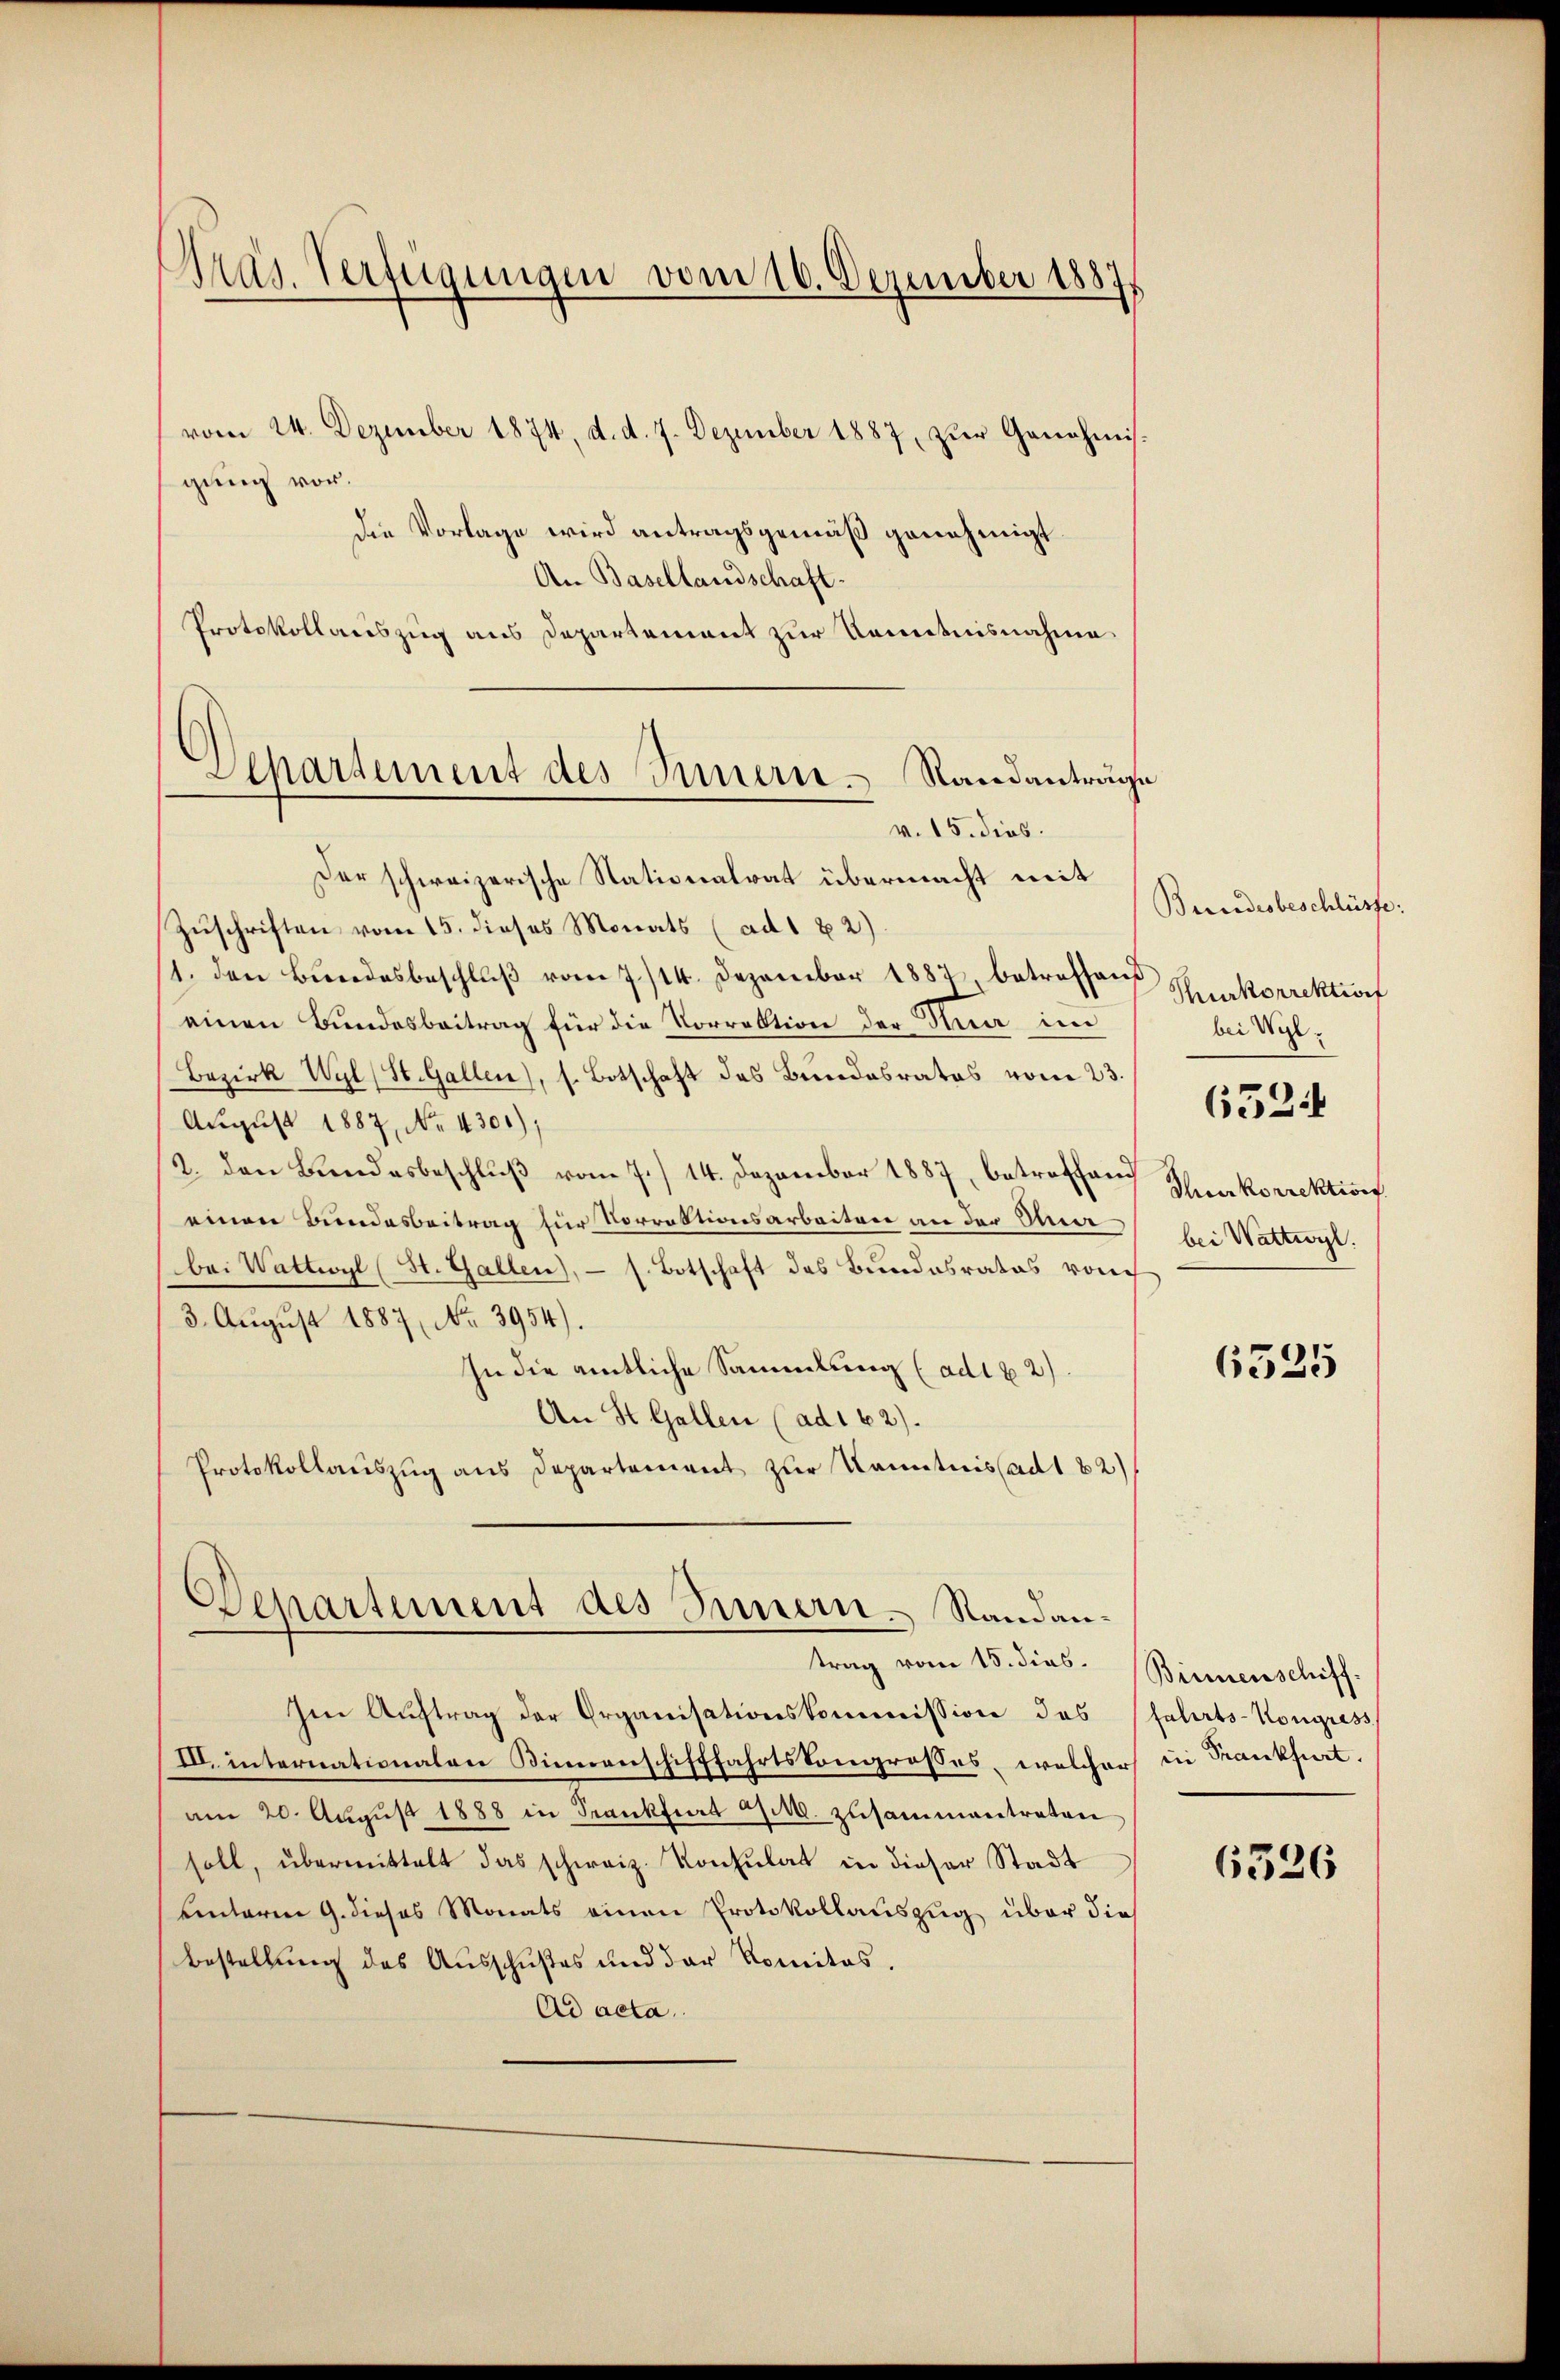
Präs. Verfügungen vom 16. Dezember 1887/

Aepartement des Innern Standanträge
v. 15. dies

vom 24. Dezember 1874, d. d. 7. Dezember 1887, zŭr Genehmis-
gung vor.
die Vorlage wird antragsgemäß genehmigt.
An Basellandschaft-
Protokollariszug aus Departement zur Komitnisnahme
Der schweizerische Stationalrat übermacht mit
Zuschriften vom 15. dieses Monats (ad 1 2)
1. den Bundesbeschlŭβ vom 7./14. Dezember 1882 betreffen Schenkorrektion
einen Bundesbeitrag für die Vorrektion der Nua im
Bezirk Wyl (St. Gallen, s. Botschaft des Bundesrates vom 23.
August 1887, No. 4301);
2. den Bŭndesbeschlŭβ vom 7./14. Dezember 1887, betreffend
einen Bundesbeitrag für Vorrektionsarbeiten an der Ue¬
Bei Wattwyl (St. Gallen, — s. Botschaft des Bundesrates von
3. August 1887, No. 3954).
In die amtliche Sammlung (adl b 2).
An St. Gallen (ad1 62)
Protokollauszug aus Departement zur Kenntnisladt 82)
Departement des Innern. Randantrag vom 15. dies.
Im Auftrag der Organisationskommission, das
III. internationalen Kindenschifffahrtskongrosses, welcher in Rankfurt
am 20. Aŭgŭst 1888 in Frankfurt a/M. zusammentraten
soll, übermittelt das schweiz. Konsulat in dieser Stadt
uinterm 9. dieses Monats einen Protokollauszug über die
Bestellung des Ausschußes und der Komitas,
Ad acta.

Berredesbeschlüsse:
bei Wil
652
Thurkorrektions
bei Wattwyl

6525

Binnenschiff.
fahrts-Kongress

6526